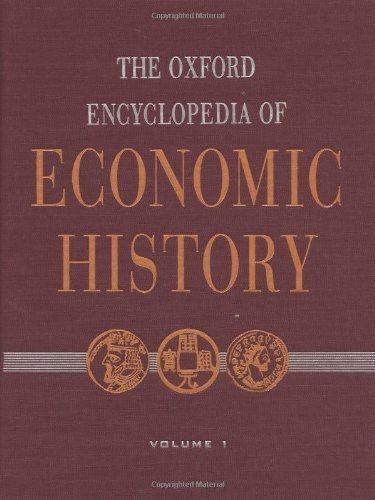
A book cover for The Oxford Encyclopedia of Economic History: 5-Volume Set ( Hardcover ) by Mokyr, Joel published by Oxford University Press, USA; Author; Reference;